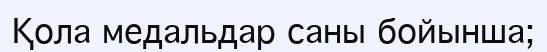
Қола медальдар саны бойынша;